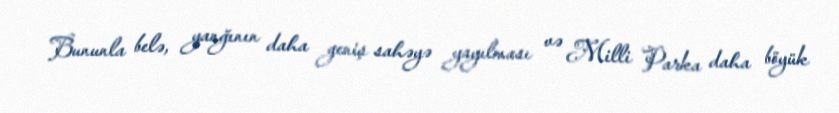
Bununla belə, yanğının daha geniş sahəyə yayılması və Milli Parka daha böyük